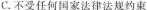
C.不受任何国家法律法规约束